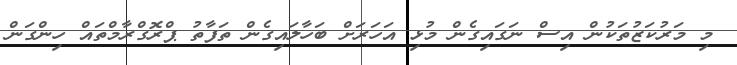
މި މަރުކަޒުތަކުން އިސް ނަގައިގެން މުޅި އަހަރަށް ބަހާލައިގެން ތަފާތު ޕްރޮގްރާމްތައް ހިންގަން